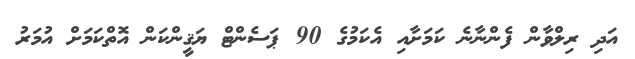
އަދި ރިލްވާން ފެންނާނެ ކަމަށާއި އެކަމުގެ 90 ޕަސެންޓް ޔަޤީންކަން އޮތްކަމަށް އުމަރު